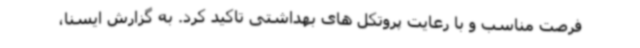
فرصت مناسب و با رعایت پروتکل های بهداشتی تاکید کرد. به گزارش ایسنا،